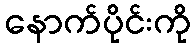
နောက်ပိုင်းကို